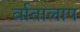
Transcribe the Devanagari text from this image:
र्वातालाप